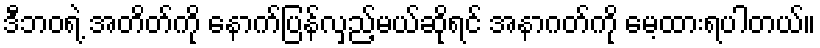
ဒီဘဝရဲ့ အတိတ်ကို နောက်ပြန်လှည့်မယ်ဆိုရင် အနာဂတ်ကို မေ့ထားရပါတယ်။